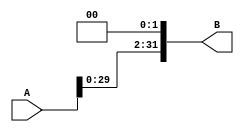
module left_shift_by_2(B, A);
	input [31:0] A;
	output [31:0] B;

	genvar b;
	generate
	for (b=0; b < 30; b = b + 1) begin: lp2
		assign B[b+2] = A[b];
	end
	endgenerate

	genvar c;
	generate
	for (c=0; c < 2; c = c + 1) begin: lp3
		assign B[c] = 1'b0;
	end
	endgenerate
endmodule